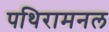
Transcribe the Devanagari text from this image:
पथिरामनल